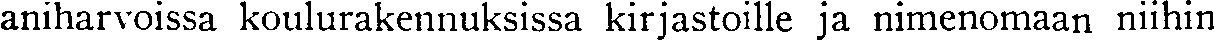
aniharvoissa koulurakennuksissa kirjastoille ja nimenomaan niihin